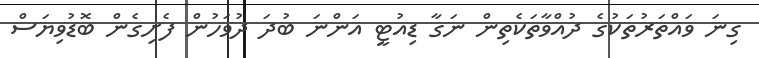
ގިނަ ވައްތަރުތަކުގެ ދުއްވާތަކެތިން ނަގާ ޑިއުޓީ އަންނަ ބުދަ ދުވަހުން ފެށިގެން ބޮޑުވިޔަސް